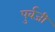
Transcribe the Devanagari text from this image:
पुर्वजी